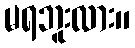
မရဘူးလား။